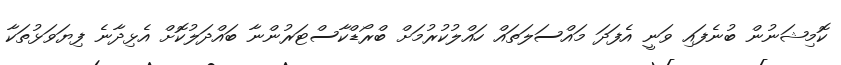
ކޮމިޝަނުން ބުނެފައި ވަނީ އެފަދަ މައްސަލަތައް ހައްލުކުރުމަށް ބްރޯޑްކާސްޓަރުންނާ ބައްދަލުކޮށް އެޅިދާނެ ފިޔަވަޅުތަކާ